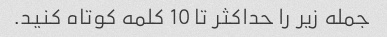
جمله زیر را حداکثر تا 10 کلمه کوتاه کنید.